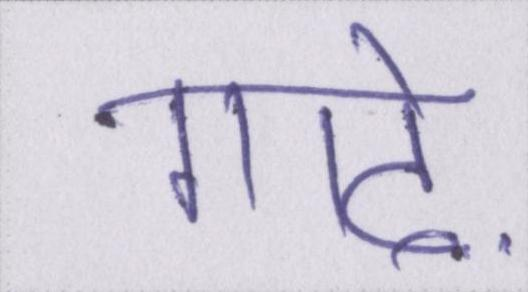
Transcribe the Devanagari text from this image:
गाढ़े